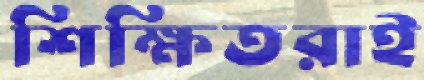
শিক্ষিতরাই